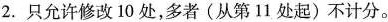
2. 只允许修改 10 处,多者(从第11 处起)不计分。